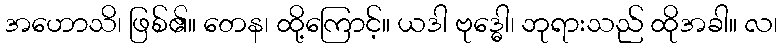
အဟောသိ၊ ဖြစ်၏။ တေန၊ ထို့ကြောင့်။ ယဒါ ဗုဒ္ဓေါ၊ ဘုရားသည် ထိုအခါ။ လ၊